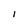
Character: 1